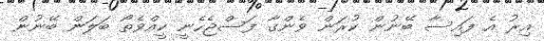
އިރު އެ ފައިސާ ބޭނުން ކުރަން ވެންގާ ފަސްޖެހެނީ ކީއްވެތޯ ބަލަން ބޭނުން